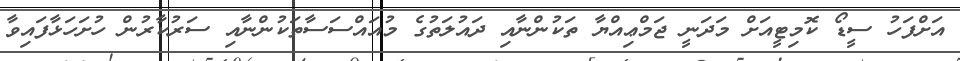
އަށްފަހު ސީޑޯ ކޮމިޓީއަށް މަދަނީ ޖަމްޢިއްޔާ ތަކުންނާއި ދައުލަތުގެ މުއައްސަސާތަކުންނާއި ސަރުކާރުން ހުށަހަޅާފައިވާ